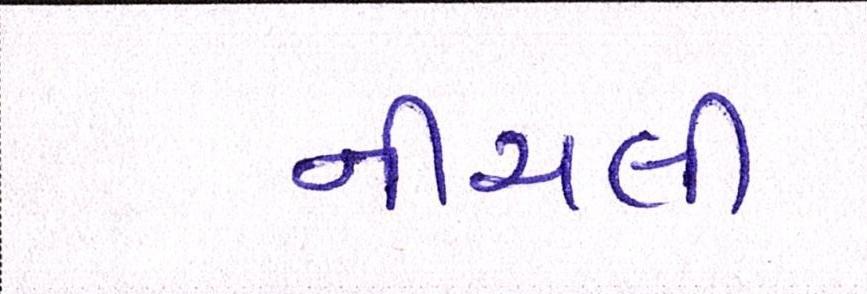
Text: નીચલી